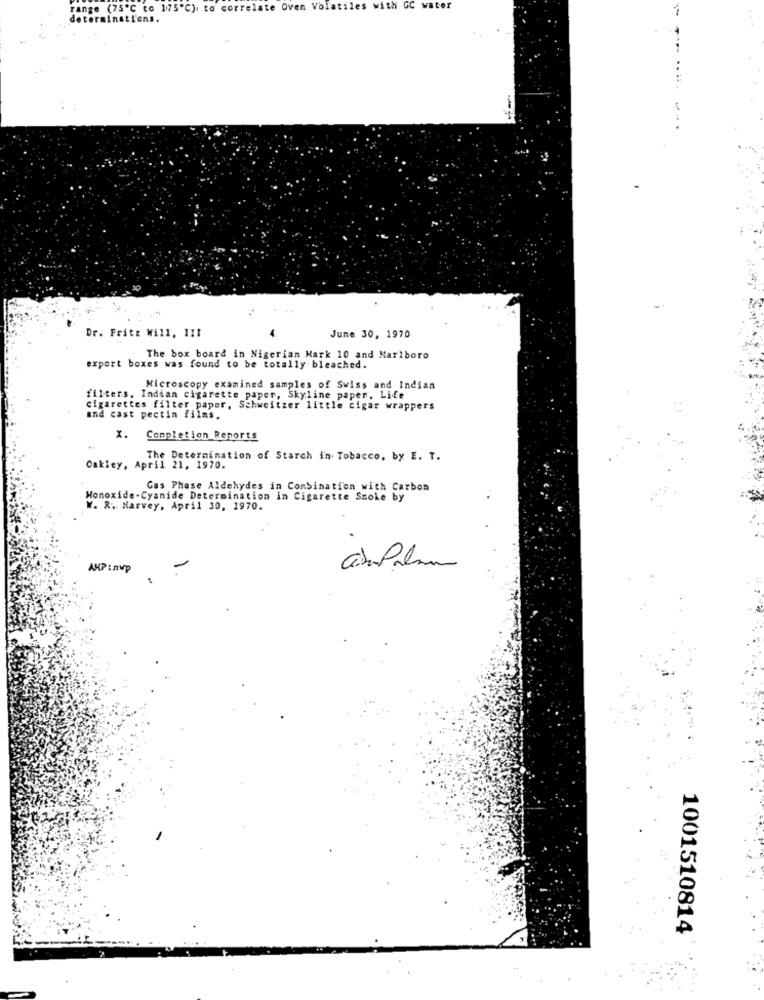
range (75"℃ to 175"℃) to correlate Oven Volatiles with GC water
terminations.
..
Dr. Frite Will, III
June 30, 197.0
The box board in Nigerian Mark 10 and Marlboro
export boxes was found to be totally bleached.
Microscopy examined samples of Swiss and Indian
filters, Indian cigarette paper, Skyline paper, Life
Cigarettes filter paper, Schweitzer little cigar wrappers
and cast pectin films.
X.
Completion Reports
The Determination of Starch in- Tobacco, by E. T.
Oakley, April 21, 1970.
Gas Phase Aldehydes in Combination with Carbon
Monoxide-Cyanide Determination in Cigarette Smoke by
W. R. Harvey, April 30, 1970.
AMP : nWp
1001510814